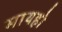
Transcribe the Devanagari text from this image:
मायहो